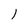
Character: I